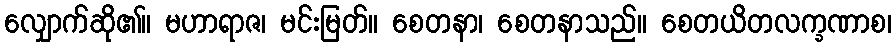
လျှောက်ဆို၏။ မဟာရာဇ၊ မင်းမြတ်။ စေတနာ၊ စေတနာသည်။ စေတယိတလက္ခဏာစ၊